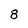
Character: 8